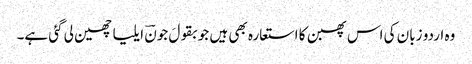
وہ اردو زبان کی اس پھبن کا استعارہ بھی ہیں جو بقولَ جونؔ ایلیا چھین لی گئی ہے۔